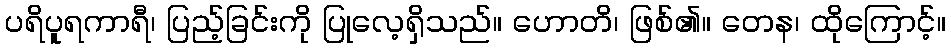
ပရိပူရကာရီ၊ ပြည့်ခြင်းကို ပြုလေ့ရှိသည်။ ဟောတိ၊ ဖြစ်၏။ တေန၊ ထိုကြောင့်။